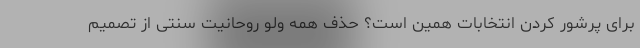
برای پرشور کردن انتخابات همین است؟ حذف همه ولو روحانیت سنتی از تصمیم